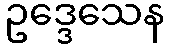
ဥဒ္ဒေသေန